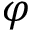
\varphi